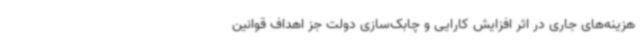
هزینه‌های جاری در اثر افزایش کارایی و چابک‌سازی دولت جز اهداف قوانین